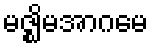
မဇ္ဈိမအာဂမေ